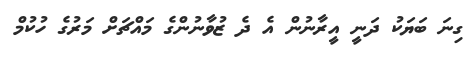
ގިނަ ބަޔަކު ދަނީ އީރާނުން އެ ދެ ޒުވާނުންގެ މައްޗަށް މަރުގެ ހުކުމް